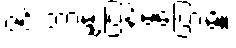
ဇင် ဘာမျှပြန်မပြောမိ။